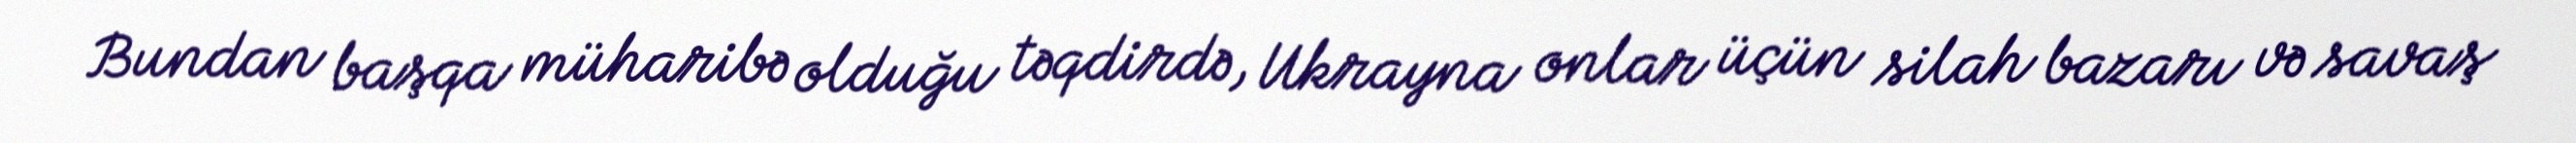
Bundan başqa müharibə olduğu təqdirdə, Ukrayna onlar üçün silah bazarı və savaş